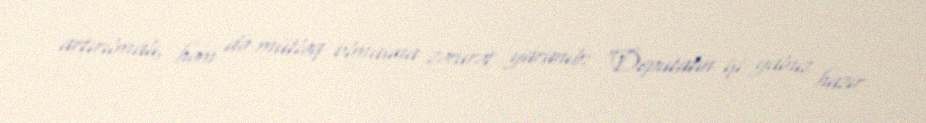
artırılmalı, həm də mütləq olmasına zərurət yaranıb: “Deputatın işi yalnız hazır